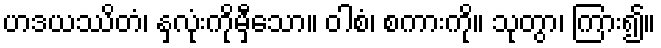
ဟဒယဿိတံ၊ နှလုံးကိုမှီသော။ ဝါစံ၊ စကားကို။ သုတွာ၊ ကြား၍။